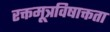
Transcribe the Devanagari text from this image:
रक्तमूत्रविषाक्तता